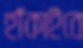
হাঁকাইবে